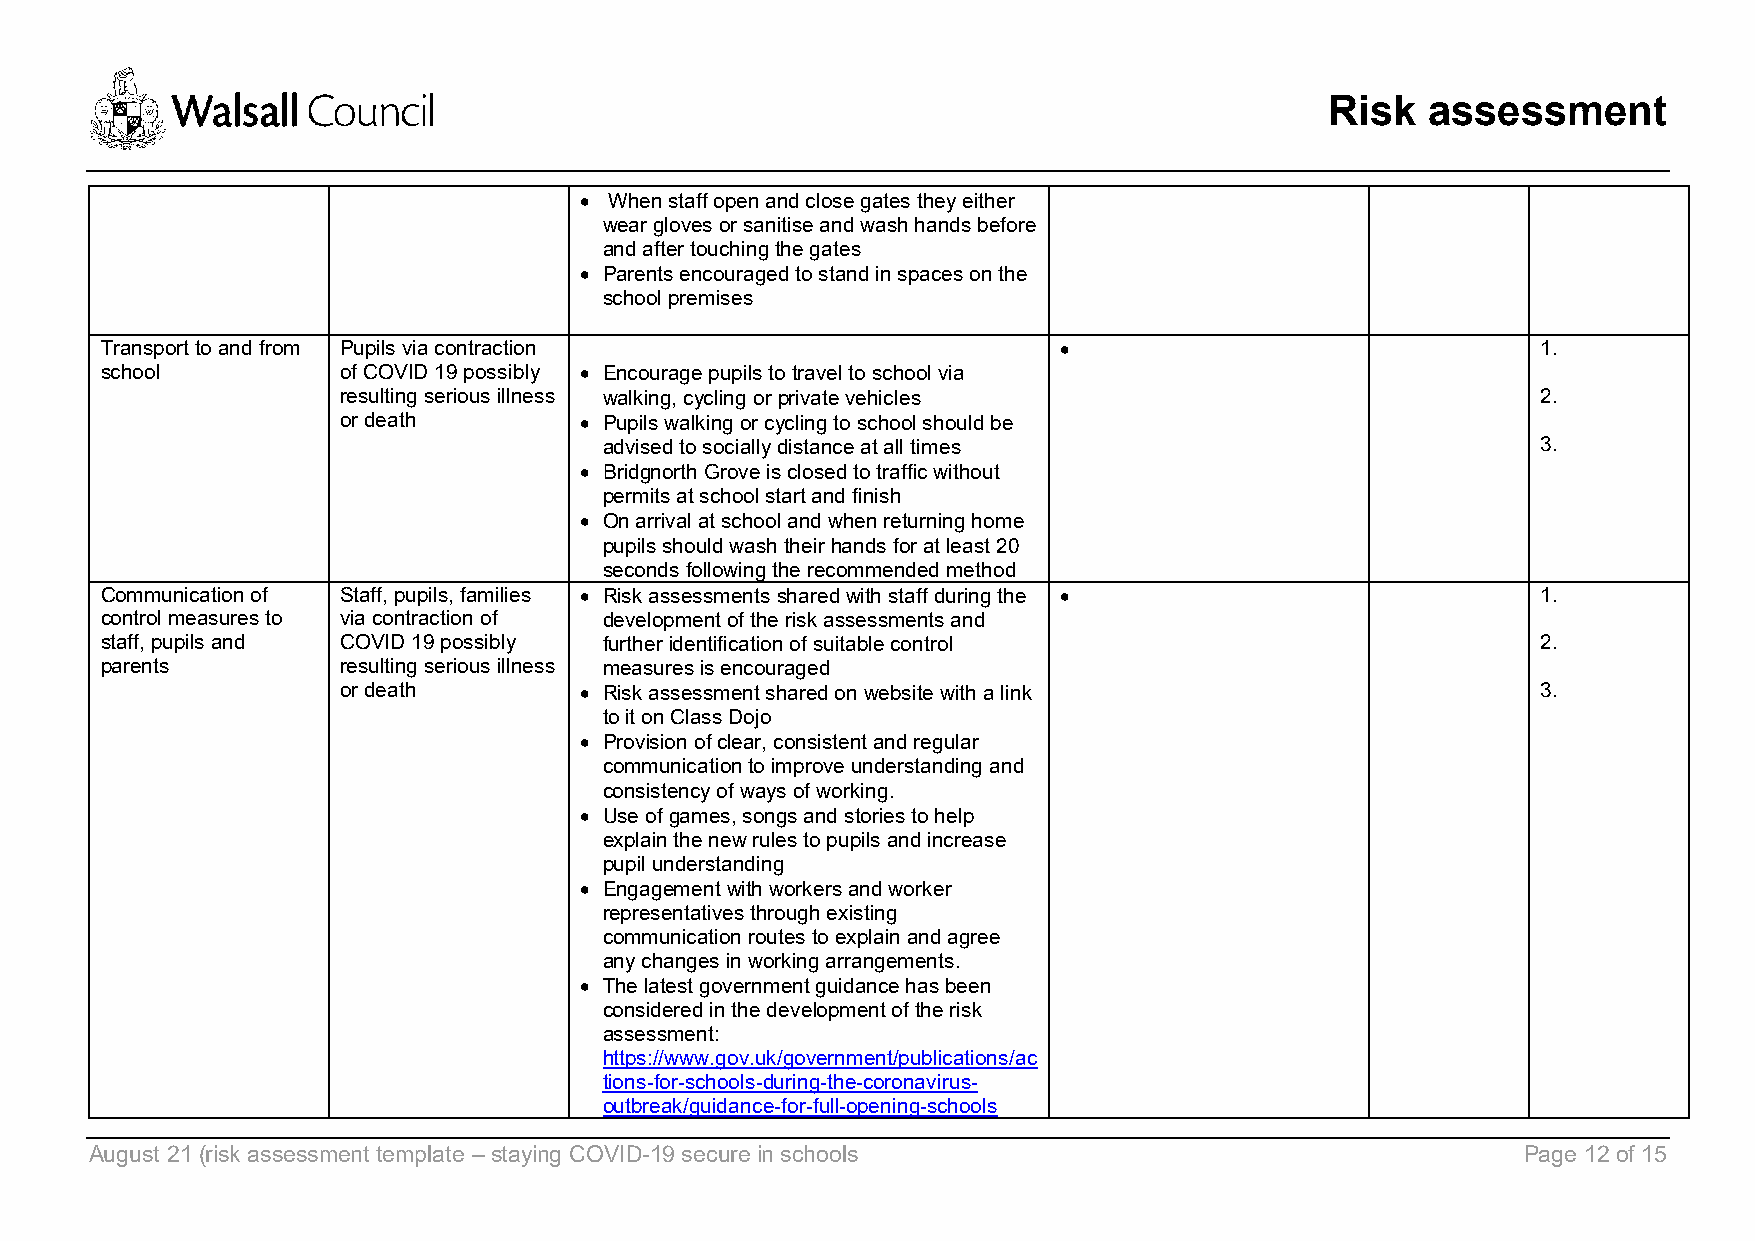
Risk  assessment
 • When staff open and close gates they either
 wear gloves or sanitise and wash hands before
 and after touching the gates
 • Parents encouraged to stand in spaces on the
 school premises
 Transport to and from Pupils via contraction                   •                               1.
 school          of COVID 19 possibly • Encourage pupils to travel to school via
 resulting serious illness walking, cycling or private vehicles                 2.
 or death       • Pupils walking or cycling to school should be
 advised to socially distance at all times                     3.
 • Bridgnorth Grove is closed to traffic without
 permits at school start and finish
 • On arrival at school and when returning home
 pupils should wash their hands for at least 20
 seconds following the recommended method
 Communication of Staff, pupils, families • Risk assessments shared with staff during the •     1.
 control measures to via contraction of development of the risk assessments and
 staff, pupils and COVID 19 possibly further identification of suitable control                 2.
 parents         resulting serious illness measures is encouraged
 or death       • Risk assessment shared on website with a link                 3.
 to it on Class Dojo
 • Provision of clear, consistent and regular
 communication to improve understanding and
 consistency of ways of working.
 • Use of games, songs and stories to help
 explain the new rules to pupils and increase
 pupil understanding
 • Engagement with workers and worker
 representatives through existing
 communication routes to explain and agree
 any changes in working arrangements.
 • The latest government guidance has been
 considered in the development of the risk
 assessment:
 https://www.gov.uk/government/publications/ac
 tions-for-schools-during-the-coronavirus-
 outbreak/guidance-for-full-opening-schools
 August 21 (risk assessment template – staying COVID-19 secure in schools                       Page 12 of 15